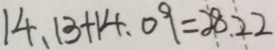
1 4 . 1 3 + 1 4 . 0 9 = 2 8 . 2 2